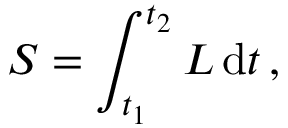
S = \int _ { t _ { 1 } } ^ { t _ { 2 } } L \, \mathrm { d } t \, ,